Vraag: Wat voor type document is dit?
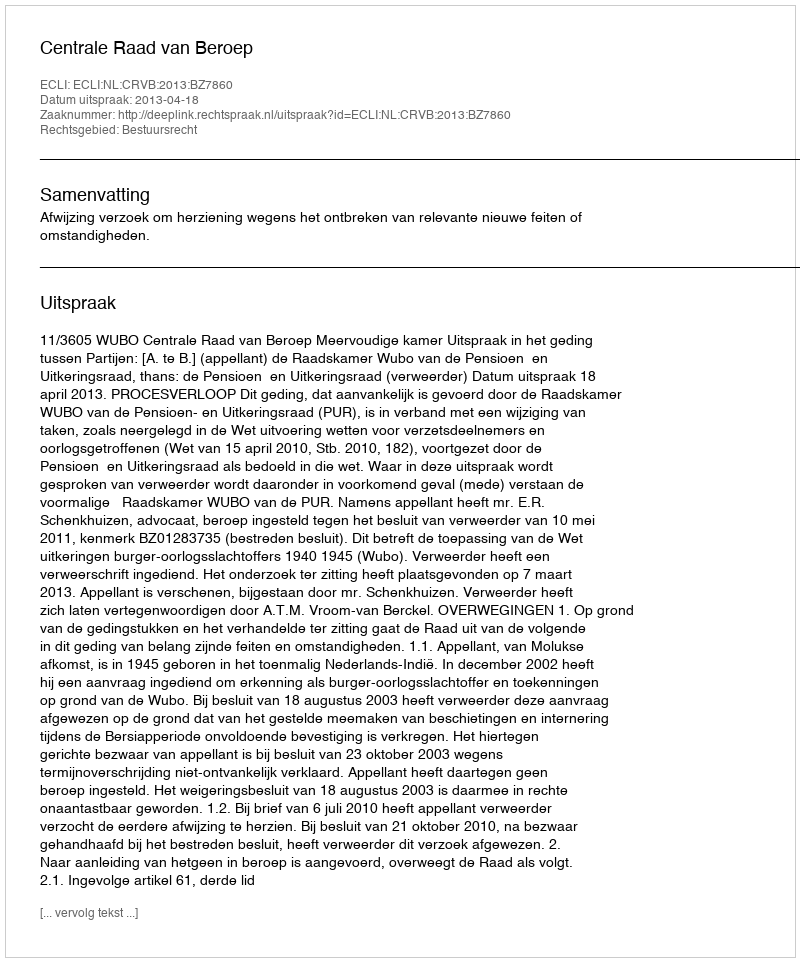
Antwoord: Uitspraak